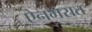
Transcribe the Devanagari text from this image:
ऐनभरात